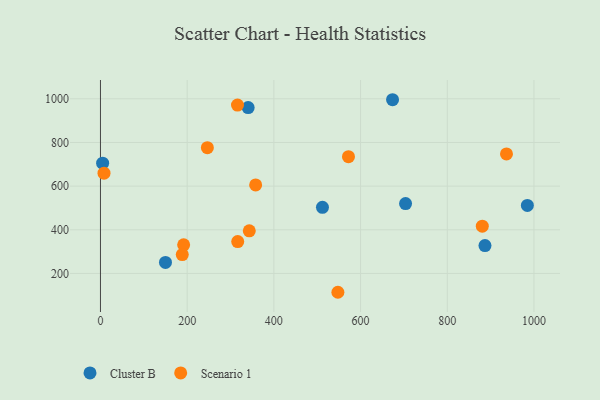
{"axis": {"x": "Distance", "y": "Fuel Efficiency"}, "legend": ["Cluster B", "Scenario 1"], "data": [{"x": "512.1", "y": 503.1, "type": "Cluster B"}, {"x": "150.0", "y": 250.4, "type": "Cluster B"}, {"x": "984.8", "y": 511.7, "type": "Cluster B"}, {"x": "340.7", "y": 959.8, "type": "Cluster B"}, {"x": "887.0", "y": 327.5, "type": "Cluster B"}, {"x": "673.8", "y": 995.8, "type": "Cluster B"}, {"x": "703.8", "y": 520.3, "type": "Cluster B"}, {"x": "5.0", "y": 705.1, "type": "Cluster B"}, {"x": "343.3", "y": 395.2, "type": "Scenario 1"}, {"x": "316.6", "y": 346.2, "type": "Scenario 1"}, {"x": "316.1", "y": 971.5, "type": "Scenario 1"}, {"x": "880.8", "y": 416.8, "type": "Scenario 1"}, {"x": "547.7", "y": 113.8, "type": "Scenario 1"}, {"x": "191.9", "y": 331.1, "type": "Scenario 1"}, {"x": "246.6", "y": 776.2, "type": "Scenario 1"}, {"x": "358.0", "y": 605.7, "type": "Scenario 1"}, {"x": "188.7", "y": 286.7, "type": "Scenario 1"}, {"x": "936.6", "y": 747.5, "type": "Scenario 1"}, {"x": "572.1", "y": 735.0, "type": "Scenario 1"}, {"x": "8.2", "y": 659.2, "type": "Scenario 1"}]}